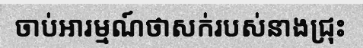
ចាប់អារម្មណ៍ថាសក់របស់នាងជ្រុះ